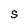
Character: S